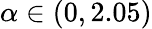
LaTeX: \alpha\in(0,2.05)